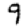
Digit: 9